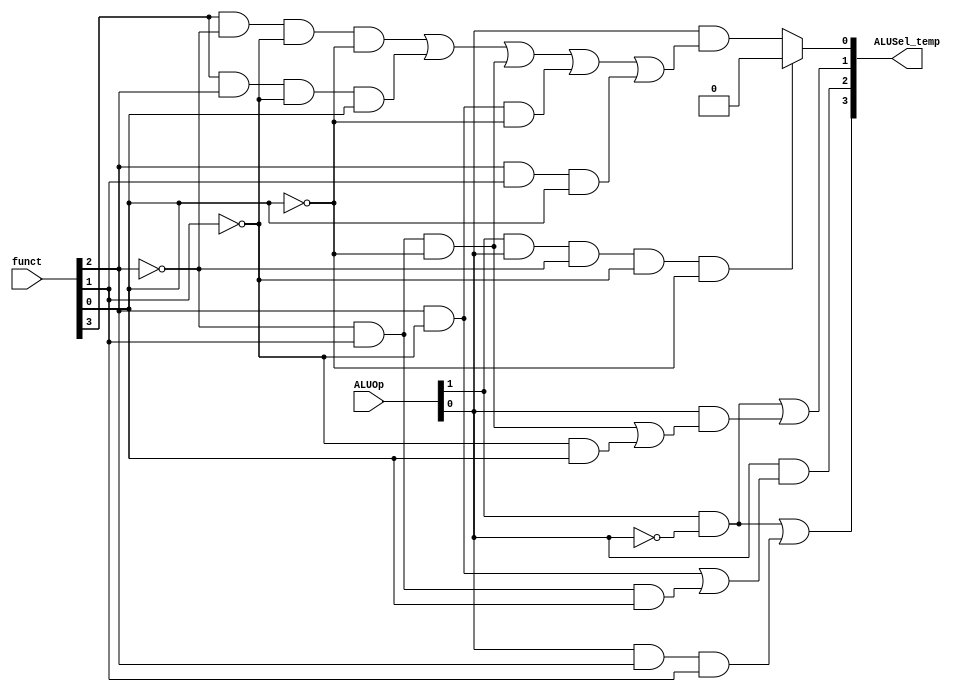
module ALU_control (
  input [3:0] funct,
  input [1:0] ALUOp,
  output [3:0] ALUSel_temp
  );
    assign ALUSel_temp[3]=(ALUOp[1]&~ALUOp[0])|(ALUOp[0]&funct[2]&funct[1]);
    assign ALUSel_temp[2]=ALUOp[0]&((funct[2]&~funct[1])|(~funct[2]&funct[1]&funct[0]));
    assign ALUSel_temp[1]=(ALUOp[1]&~ALUOp[0])|(ALUOp[0]&((~funct[2]&funct[1]&~funct[0])|(~funct[1]&funct[0])));
    assign ALUSel_temp[0]=(ALUOp[1]&ALUOp[0]&~funct[2]&~funct[1]&~funct[0]) ? 1'b0 : ALUOp[0]&(funct[3]&~funct[2]&~funct[1]&~funct[0]|(funct[3]&funct[2]&~funct[1]&funct[0])|(~funct[2]&funct[1]&~funct[0])|(funct[2]&~funct[1]&~funct[0])|(funct[2]&funct[1]&funct[0]));
endmodule